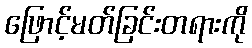
ဖြောင့်မတ်ခြင်းတရားကို